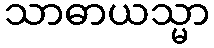
သာဓာယသ္မာ